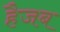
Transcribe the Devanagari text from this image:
हैजब